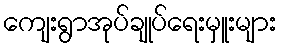
ကျေးရွာအုပ်ချုပ်ရေးမှူးများ